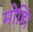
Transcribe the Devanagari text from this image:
मोहिं।